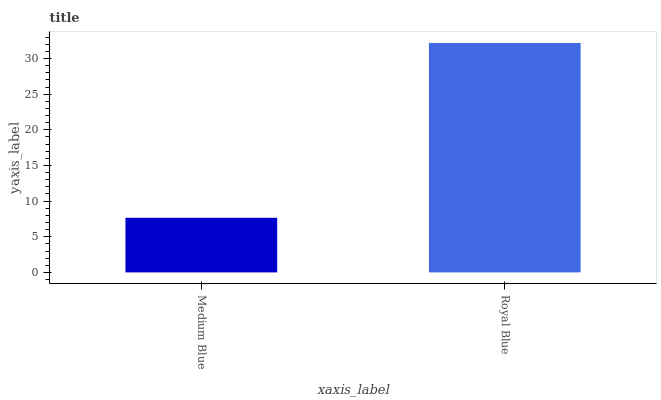
| xaxis_label | bars |
 | --- | --- |
 | Medium Blue | 7.66 |
 | Royal Blue | 32.2 |